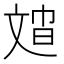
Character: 𱡣